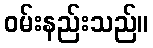
ဝမ်းနည်းသည်။